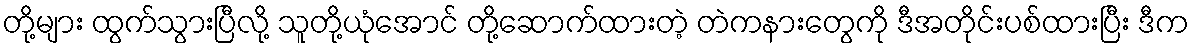
တို့များ ထွက်သွားပြီလို့ သူတို့ယုံအောင် တို့ဆောက်ထားတဲ့ တဲကနားတွေကို ဒီအတိုင်းပစ်ထားပြီး ဒီက